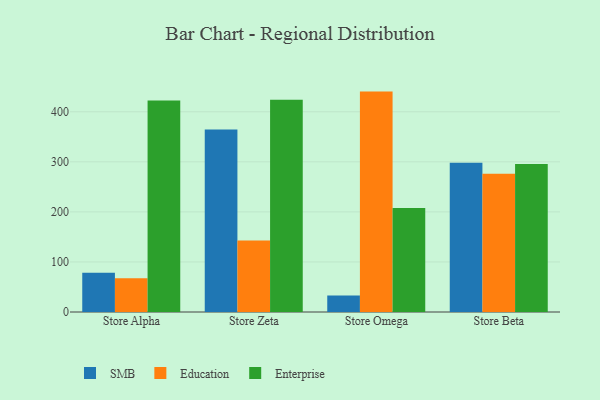
{"axis": {"x": "Store", "y": "Net Income (USD K)"}, "legend": ["Education", "Enterprise", "SMB"], "data": [{"x": "Store Alpha", "y": 78.4, "type": "SMB"}, {"x": "Store Alpha", "y": 67.6, "type": "Education"}, {"x": "Store Alpha", "y": 422.5, "type": "Enterprise"}, {"x": "Store Zeta", "y": 364.7, "type": "SMB"}, {"x": "Store Zeta", "y": 143.0, "type": "Education"}, {"x": "Store Zeta", "y": 424.1, "type": "Enterprise"}, {"x": "Store Omega", "y": 32.9, "type": "SMB"}, {"x": "Store Omega", "y": 440.3, "type": "Education"}, {"x": "Store Omega", "y": 207.8, "type": "Enterprise"}, {"x": "Store Beta", "y": 298.4, "type": "SMB"}, {"x": "Store Beta", "y": 276.1, "type": "Education"}, {"x": "Store Beta", "y": 295.5, "type": "Enterprise"}]}